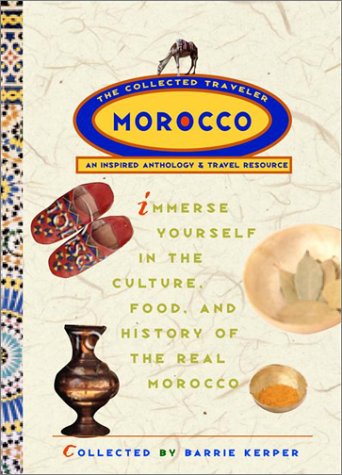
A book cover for Morocco: The Collected Traveler: An Inspired Anthology and Travel Resource; Barrie Kerper; Travel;